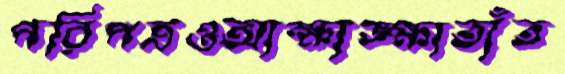
পরিপত্রওআক্ষাঙ্ক্ষাতাঁত